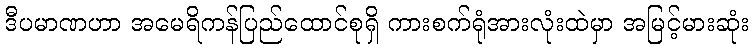
ဒီပမာဏဟာ အမေရိကန်ပြည်ထောင်စုရှိ ကားစက်ရုံအားလုံးထဲမှာ အမြင့်မားဆုံး